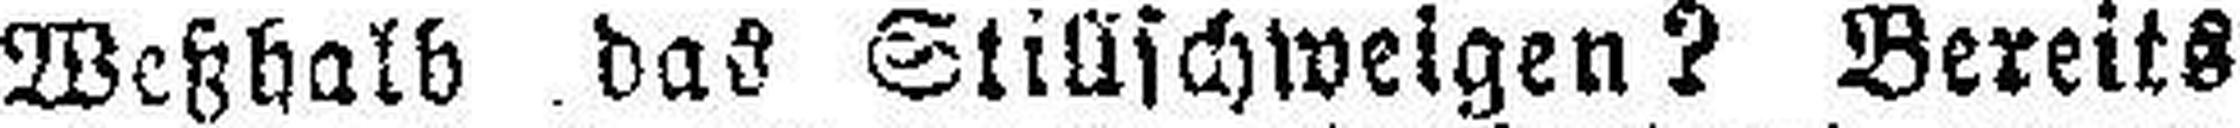
Weßhalb das Stillschweigen? Bereits